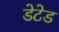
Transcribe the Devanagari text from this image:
डेटेड